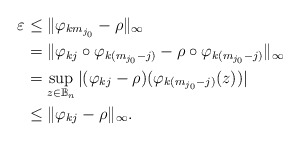
\begin{align*} \varepsilon &\leq \|\varphi_{km_{j_0}}-\rho\|_\infty\\ &=\|\varphi_{kj}\circ \varphi_{k(m_{j_0}-j)}-\rho\circ \varphi_{k(m_{j_0}-j)}\|_\infty\\&=\sup_{z\in \mathbb{B}_n}|(\varphi_{kj}-\rho)( \varphi_{k(m_{j_0}-j)}(z))|\\& \leq \|\varphi_{kj}-\rho\|_\infty. \end{align*}